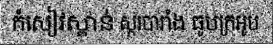
កំសៀវស្ពាន់ ស្ករបារាំង ធូបក្រអូប